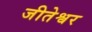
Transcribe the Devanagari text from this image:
जीतेश्वर